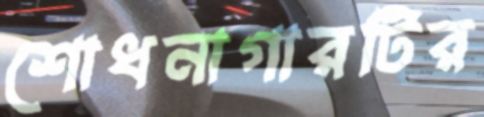
শোধনাগারটির